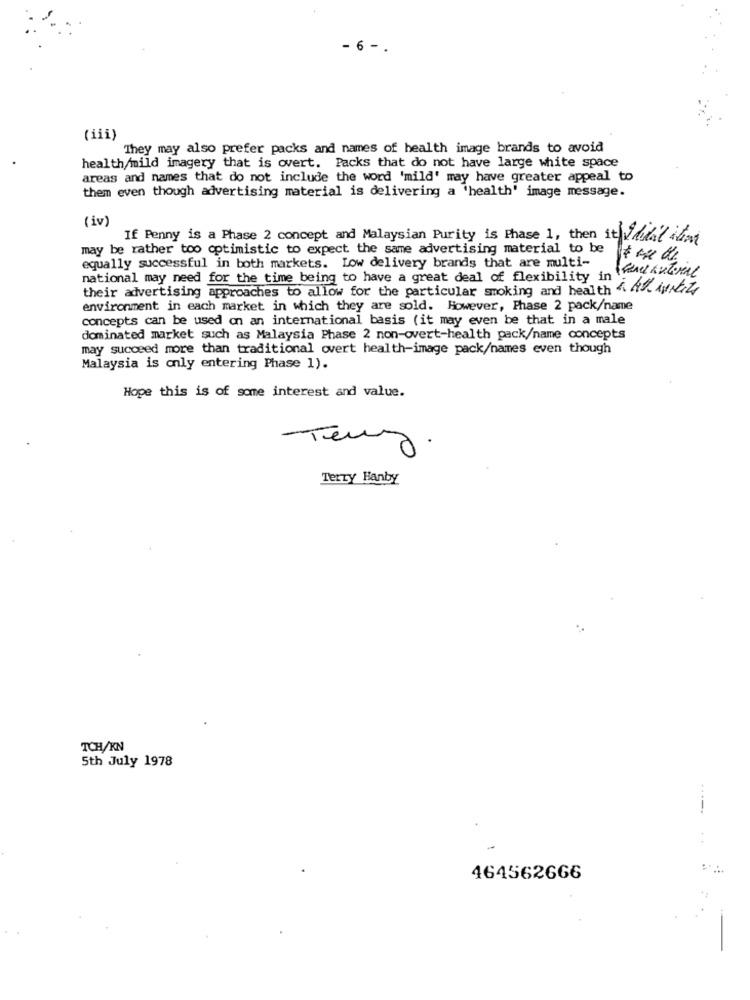
- 6 -
(iii)
They may also prefer packs and names of health image brands to avoid
health/mild imagery that is overt. Packs that do not have large white space
areas and names that do not include the word 'mild' may have greater appeal to
them even though advertising material is delivering a 'health' image message.
(iv)
If Penny is a Phase 2 concept and Malaysian Purity is Phase 1, then it did't idag
may be rather too optimistic to expect the same advertising material to be
equally successful in both markets. Low delivery brands that are multi-
national may need for the time being to have a great deal of flexibility inxml
their advertising approaches to allow for the particular smoking and health & vit
environment in each market in which they are sold. However, Phase 2 pack/name
concepts can be used on an international basis (it may even be that in a male
dominated market such as Malaysia Phase 2 non-overt-health pack/name concepts
may succeed more than traditional overt health-image pack/names even though
Malaysia is only entering Phase 1).
Hope this is of some interest and value.
Teny
Terry Hanby
TCH/KN
5th July 1978
-----
464562666